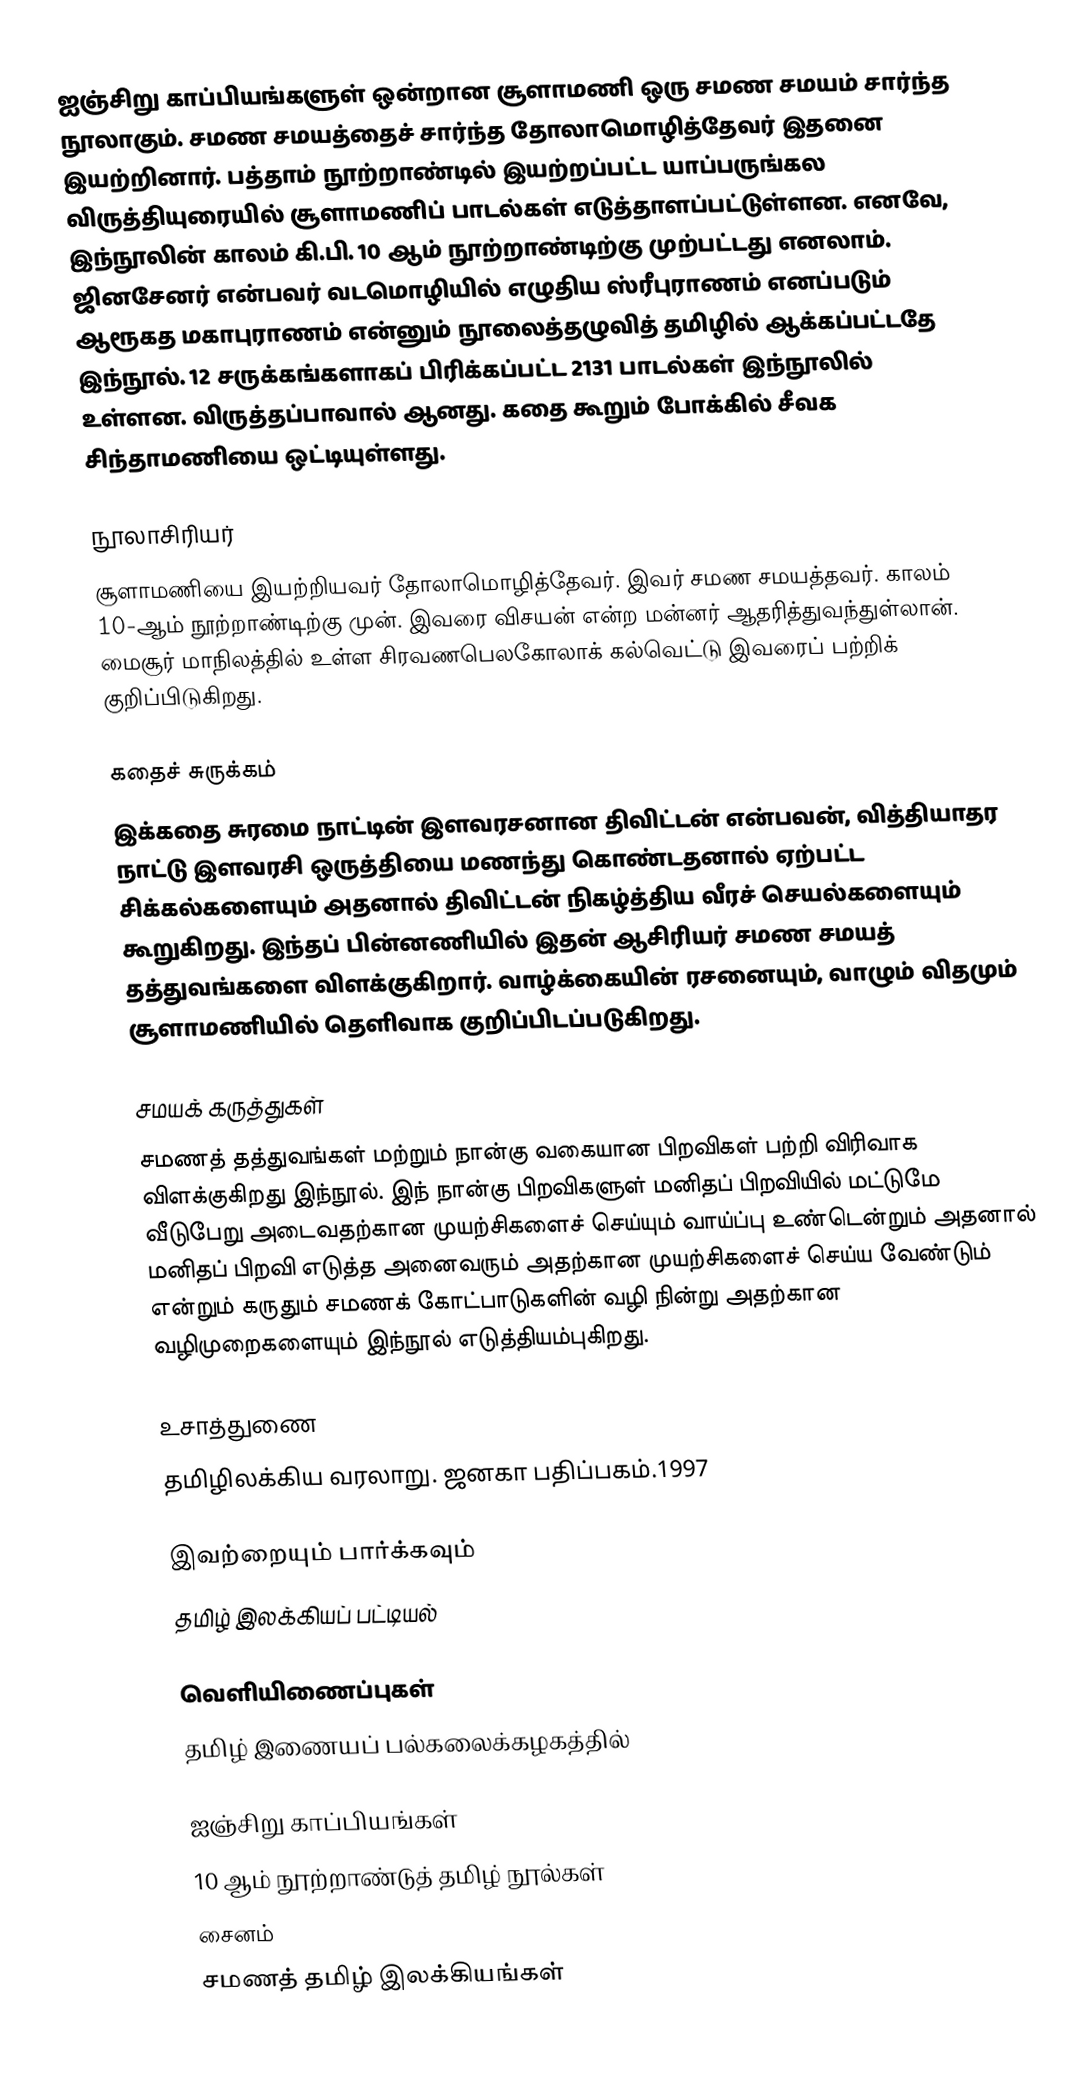
ஐஞ்சிறு காப்பியங்களுள் ஒன்றான சூளாமணி ஒரு சமண சமயம் சார்ந்த நூலாகும். சமண சமயத்தைச் சார்ந்த தோலாமொழித்தேவர் இதனை இயற்றினார். பத்தாம் நூற்றாண்டில் இயற்றப்பட்ட யாப்பருங்கல விருத்தியுரையில் சூளாமணிப் பாடல்கள் எடுத்தாளப்பட்டுள்ளன. எனவே, இந்நூலின் காலம் கி.பி. 10 ஆம் நூற்றாண்டிற்கு முற்பட்டது எனலாம். ஜினசேனர் என்பவர் வடமொழியில் எழுதிய ஸ்ரீபுராணம் எனப்படும் ஆரூகத மகாபுராணம் என்னும் நூலைத்தழுவித் தமிழில் ஆக்கப்பட்டதே இந்நூல். 12 சருக்கங்களாகப் பிரிக்கப்பட்ட 2131 பாடல்கள் இந்நூலில் உள்ளன. விருத்தப்பாவால் ஆனது. கதை கூறும் போக்கில் சீவக சிந்தாமணியை ஒட்டியுள்ளது.

நூலாசிரியர்
சூளாமணியை இயற்றியவர் தோலாமொழித்தேவர். இவர் சமண சமயத்தவர். காலம் 10-ஆம் நூற்றாண்டிற்கு முன். இவரை விசயன் என்ற மன்னர் ஆதரித்துவந்துள்லான். மைசூர் மாநிலத்தில் உள்ள சிரவணபெலகோலாக் கல்வெட்டு இவரைப் பற்றிக் குறிப்பிடுகிறது.

கதைச் சுருக்கம்
இக்கதை சுரமை நாட்டின் இளவரசனான திவிட்டன் என்பவன், வித்தியாதர நாட்டு இளவரசி ஒருத்தியை மணந்து கொண்டதனால் ஏற்பட்ட சிக்கல்களையும் அதனால் திவிட்டன் நிகழ்த்திய வீரச் செயல்களையும் கூறுகிறது. இந்தப் பின்னணியில் இதன் ஆசிரியர் சமண சமயத் தத்துவங்களை விளக்குகிறார். வாழ்க்கையின் ரசனையும், வாழும் விதமும் சூளாமணியில் தெளிவாக குறிப்பிடப்படுகிறது.

சமயக் கருத்துகள்
சமணத் தத்துவங்கள் மற்றும் நான்கு வகையான பிறவிகள் பற்றி விரிவாக விளக்குகிறது இந்நூல். இந் நான்கு பிறவிகளுள் மனிதப் பிறவியில் மட்டுமே வீடுபேறு அடைவதற்கான முயற்சிகளைச் செய்யும் வாய்ப்பு உண்டென்றும் அதனால் மனிதப் பிறவி எடுத்த அனைவரும் அதற்கான முயற்சிகளைச் செய்ய வேண்டும் என்றும் கருதும் சமணக் கோட்பாடுகளின் வழி நின்று அதற்கான வழிமுறைகளையும் இந்நூல் எடுத்தியம்புகிறது.

உசாத்துணை
 தமிழிலக்கிய வரலாறு. ஜனகா பதிப்பகம்.1997

இவற்றையும் பார்க்கவும்
 தமிழ் இலக்கியப் பட்டியல்

வெளியிணைப்புகள்
தமிழ் இணையப் பல்கலைக்கழகத்தில்

ஐஞ்சிறு காப்பியங்கள்
10 ஆம் நூற்றாண்டுத் தமிழ் நூல்கள்
சைனம்
சமணத் தமிழ் இலக்கியங்கள்